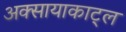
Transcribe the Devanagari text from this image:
अक्सायाकाट्ल